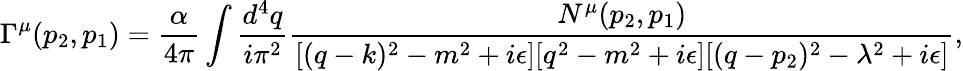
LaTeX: \Gamma^{\mu}(p_{2},p_{1})=\frac{{\alpha}}{4\pi}\int{\frac{d^{4}q}{{i}{\pi}^{2}}}\frac{N^{\mu}(p_{2},p_{1})}{[(q-k)^{2}-m^{2}+i{\epsilon}][q^{2}-m^{2}+i{\epsilon}][(q-p_{2})^{2}-{\lambda}^{2}+i{\epsilon}]},